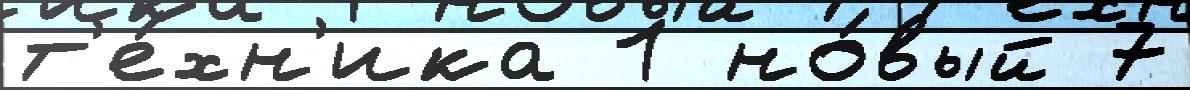
т'е́хн'ика 1 но́вый 7